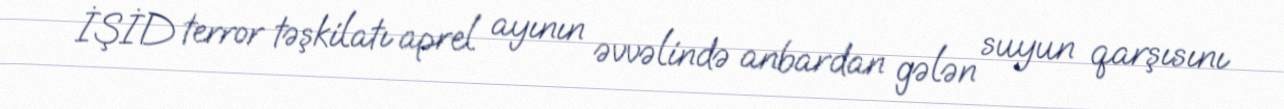
İŞİD terror təşkilatı aprel ayının əvvəlində anbardan gələn suyun qarşısını